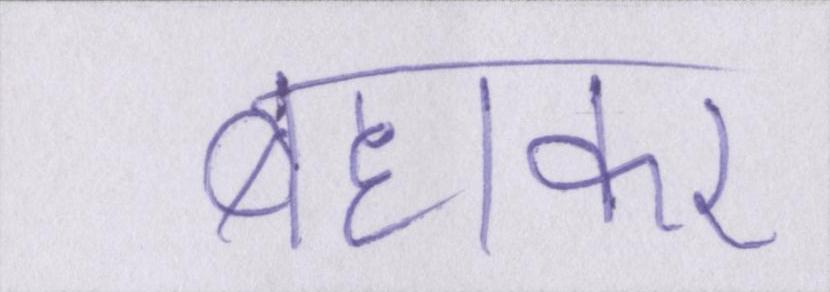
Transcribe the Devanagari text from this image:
बहाकर